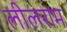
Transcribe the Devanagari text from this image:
लीलराम